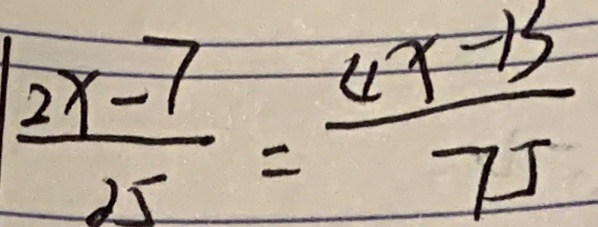
\frac { 2 x - 7 } { 2 5 } = \frac { 4 x - 1 3 } { 7 5 }